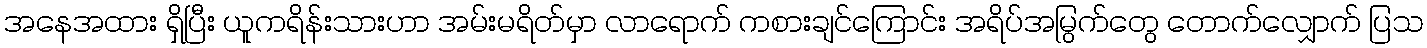
အနေအထား ရှိပြီး ယူကရိန်းသားဟာ အမ်းမရိတ်မှာ လာရောက် ကစားချင်ကြောင်း အရိပ်အမြွက်တွေ တောက်လျှောက် ပြသ